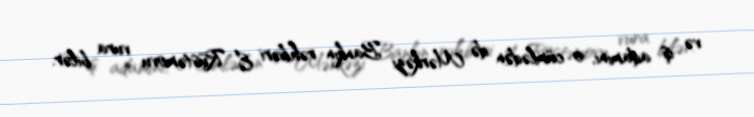
və iş adamını, o cümlədən də Mərkəzi Bankın rəhbəri E. Rüstəmovu vura bilər.